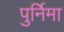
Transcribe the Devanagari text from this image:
पुर्निमा